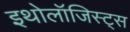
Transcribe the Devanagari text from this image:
इथोलॉजिस्ट्स